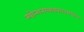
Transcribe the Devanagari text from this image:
म्योन्शनग्लाडबाखमधील